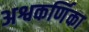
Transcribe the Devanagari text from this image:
अश्वकर्णिका